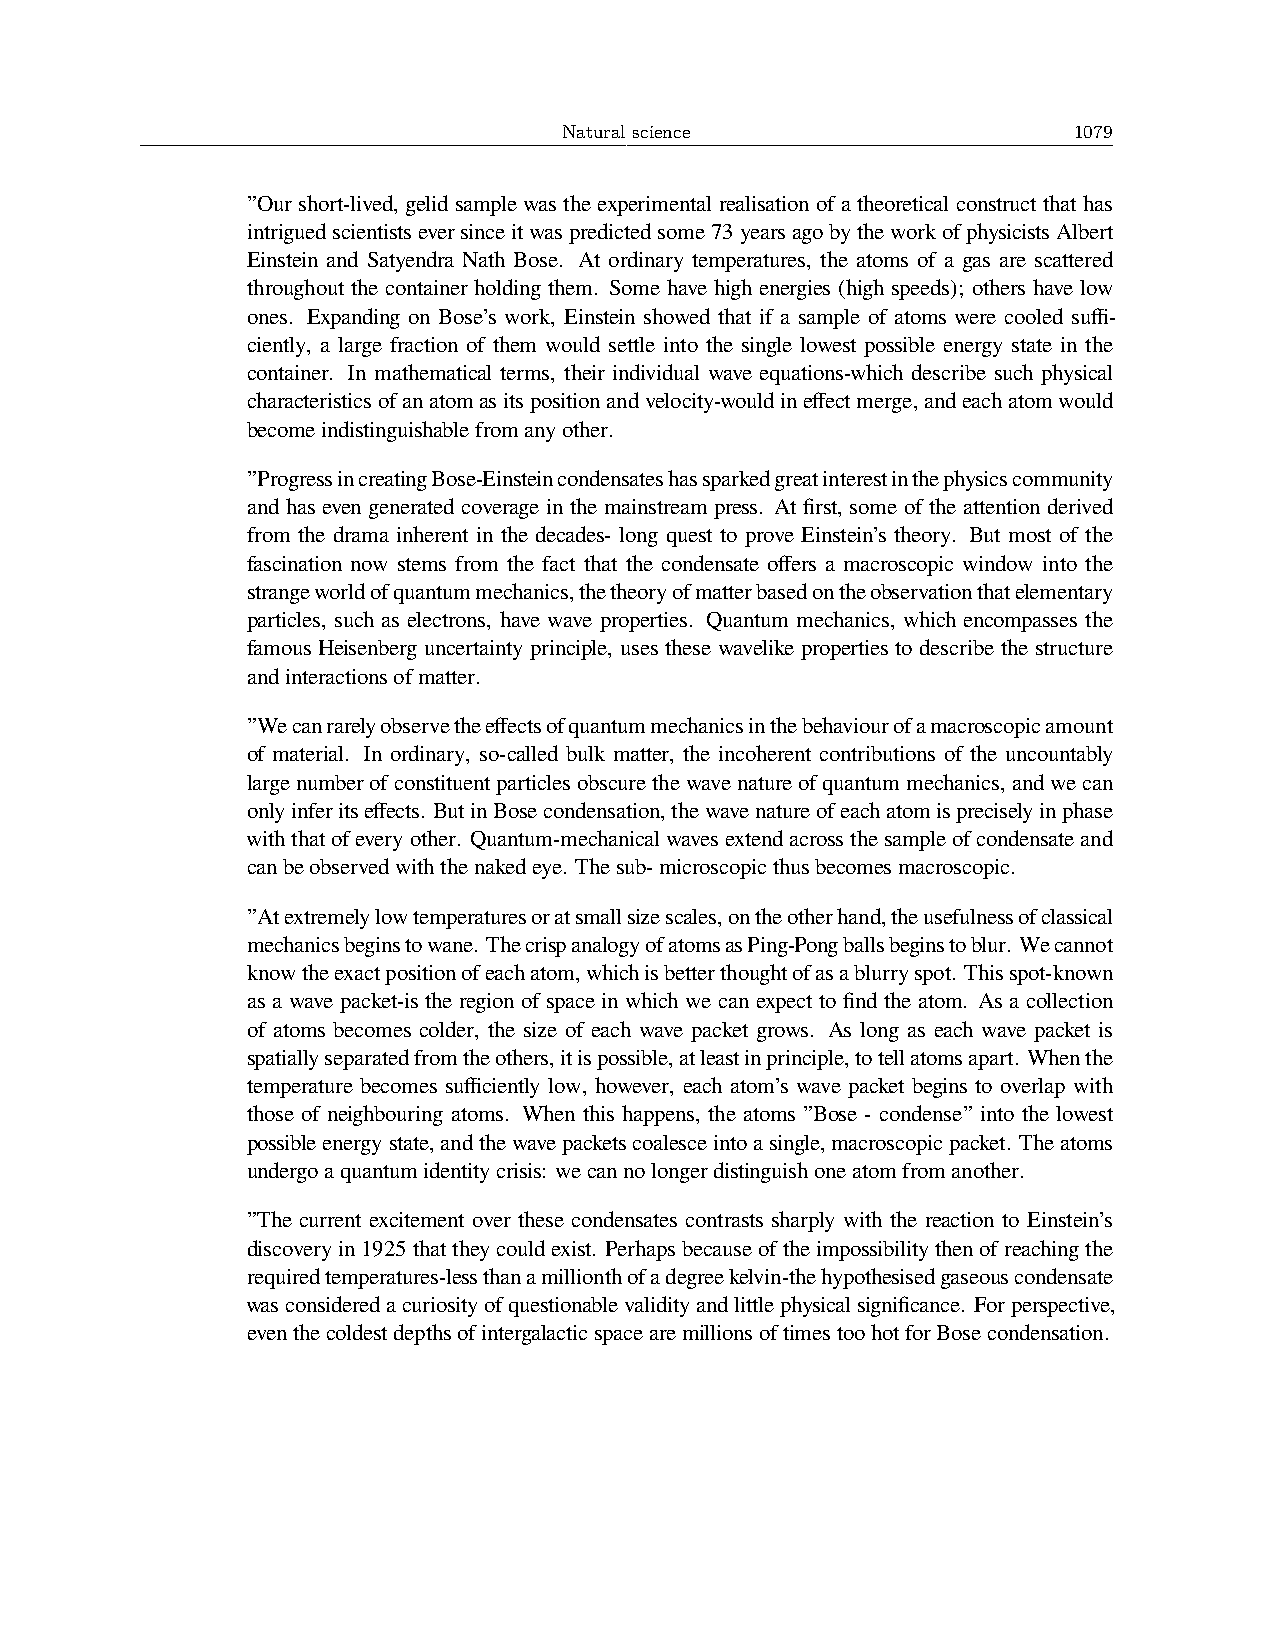
Natural science                   1079
 ”Our short-lived, gelid sample was the experimental realisation of a theoretical construct that has
 intriguedscientistseversinceitwaspredictedsome73yearsagobytheworkofphysicistsAlbert
 Einstein and Satyendra Nath Bose. At ordinary temperatures, the atoms of a gas are scattered
 throughout the container holding them. Some have high energies (high speeds); others have low
 ones. Expanding on Bose’s work, Einstein showed that if a sample of atoms were cooled suffi-
 ciently, a large fraction of them would settle into the single lowest possible energy state in the
 container. In mathematical terms, their individual wave equations-which describe such physical
 characteristicsofanatomasitspositionandvelocity-wouldineffectmerge,andeachatomwould
 becomeindistinguishablefromanyother.
 ”ProgressincreatingBose-Einsteincondensateshassparkedgreatinterestinthephysicscommunity
 and has even generated coverage in the mainstream press. At first, some of the attention derived
 from the drama inherent in the decades- long quest to prove Einstein’s theory. But most of the
 fascination now stems from the fact that the condensate offers a macroscopic window into the
 strangeworldofquantummechanics,thetheoryofmatterbasedontheobservationthatelementary
 particles, such as electrons, have wave properties. Quantum mechanics, which encompasses the
 famous Heisenberg uncertainty principle, uses these wavelike properties to describe the structure
 andinteractionsofmatter.
 ”Wecanrarelyobservetheeffectsofquantummechanicsinthebehaviourofamacroscopicamount
 of material. In ordinary, so-called bulk matter, the incoherent contributions of the uncountably
 largenumberofconstituentparticlesobscurethewavenatureofquantummechanics,andwecan
 onlyinferitseffects. ButinBosecondensation,thewavenatureofeachatomispreciselyinphase
 withthatofeveryother. Quantum-mechanicalwavesextendacrossthesampleofcondensateand
 canbeobservedwiththenakedeye. Thesub-microscopicthusbecomesmacroscopic.
 ”Atextremelylowtemperaturesoratsmallsizescales,ontheotherhand,theusefulnessofclassical
 mechanicsbeginstowane. ThecrispanalogyofatomsasPing-Pongballsbeginstoblur. Wecannot
 knowtheexactpositionofeachatom,whichisbetterthoughtofasablurryspot. Thisspot-known
 as a wave packet-is the region of space in which we can expect to find the atom. As a collection
 of atoms becomes colder, the size of each wave packet grows. As long as each wave packet is
 spatiallyseparatedfromtheothers,itispossible,atleastinprinciple,totellatomsapart. Whenthe
 temperature becomes sufficiently low, however, each atom’s wave packet begins to overlap with
 those of neighbouring atoms. When this happens, the atoms ”Bose - condense” into the lowest
 possibleenergystate,andthewavepacketscoalesceintoasingle,macroscopicpacket. Theatoms
 undergoaquantumidentitycrisis: wecannolongerdistinguishoneatomfromanother.
 ”The current excitement over these condensates contrasts sharply with the reaction to Einstein’s
 discoveryin1925thattheycouldexist. Perhapsbecauseoftheimpossibilitythenofreachingthe
 requiredtemperatures-lessthanamillionthofadegreekelvin-thehypothesisedgaseouscondensate
 wasconsideredacuriosityofquestionablevalidityandlittlephysicalsignificance. Forperspective,
 eventhecoldestdepthsofintergalacticspacearemillionsoftimestoohotforBosecondensation.